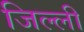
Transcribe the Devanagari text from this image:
जिल्ली